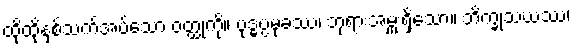
ထိုထိုနှစ်သက်အပ်သော ဝတ္ထုကို။ ဗုဒ္ဓပ္ပမုခဿ၊ ဘုရားအမှူးရှိသော။ ဘိက္ခုသံဃဿ၊